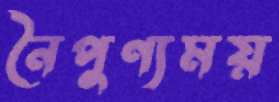
নৈপুণ্যময়